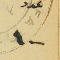
عدد ١٠٠